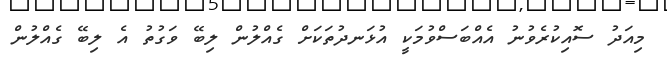
މިއަދު ސޮއިކުރެވުނު އެއްބަސްވުމަކީ އުޅަނދުތަކަށް ގެއްލުން ލިބޭ ވަގުތު އެ ލިބޭ ގެއްލުން